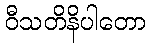
ဝီသတိနိပါတော